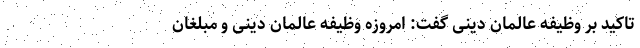
تاکید بر وظیفه عالمان دینی گفت: امروزه وظیفه عالمان دینی و مبلغان